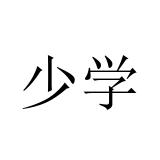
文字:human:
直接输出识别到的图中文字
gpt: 少学